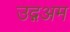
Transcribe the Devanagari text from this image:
उद्गअम